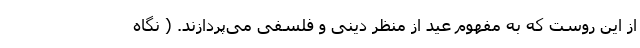
از این روست که به مفهوم عید از منظر دینی و فلسفی می‌پردازند. ( نگاه